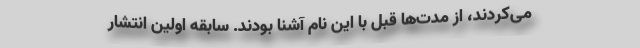
می‌کردند، از مدت‌ها قبل با این نام آشنا بودند. سابقه اولین انتشار